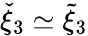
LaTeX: \check{\xi}_{3}\simeq\tilde{\xi}_{3}